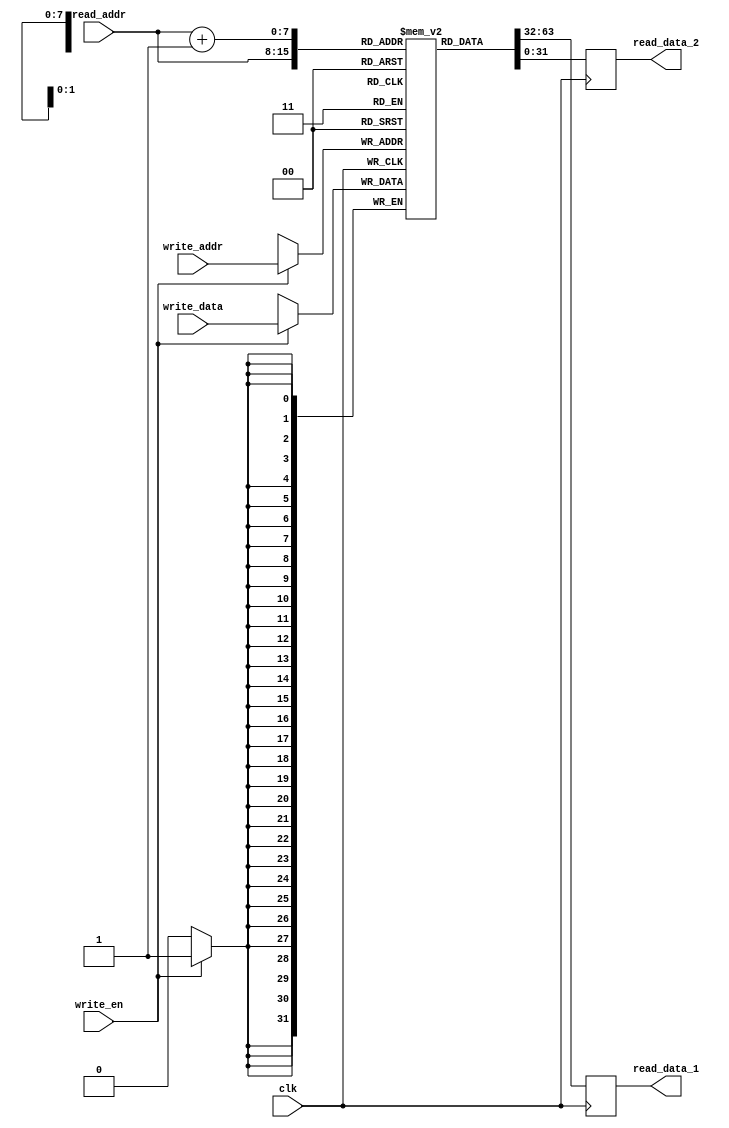
module register_file (
  input wire clk,
  input wire [7:0] read_addr,
  input wire [7:0] write_addr,
  input wire [31:0] write_data,
  input wire write_en,
  output reg [31:0] read_data_1,
  output reg [31:0] read_data_2
);

  reg [31:0] registers [0:255];

  always @ (posedge clk) begin
    if (write_en) begin
      registers[write_addr] <= write_data;
    end
    read_data_1 <= registers[read_addr];
    read_data_2 <= registers[read_addr + 1];
  end

endmodule